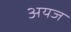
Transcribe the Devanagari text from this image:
अयज